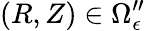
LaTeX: (R,Z)\in\Omega_{\epsilon}^{\prime\prime}